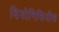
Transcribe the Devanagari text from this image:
दियोनिसियीस